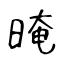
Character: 晻